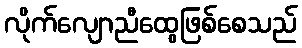
လိုက်လျောညီထွေဖြစ်စေသည်